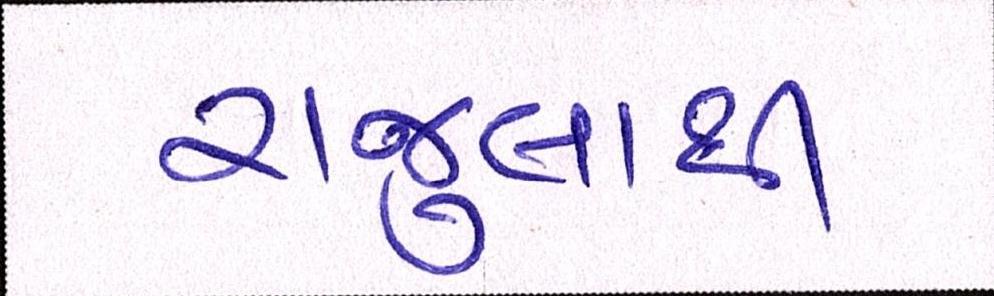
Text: રાજુલાથી